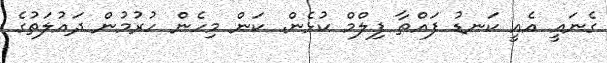
ގެނައީ އެއީ ކަނޑު ފައްތާ ފިލްމް ކުޅެން. ކަން މިހެން ހުރުމުން ދައުލަތުގެ